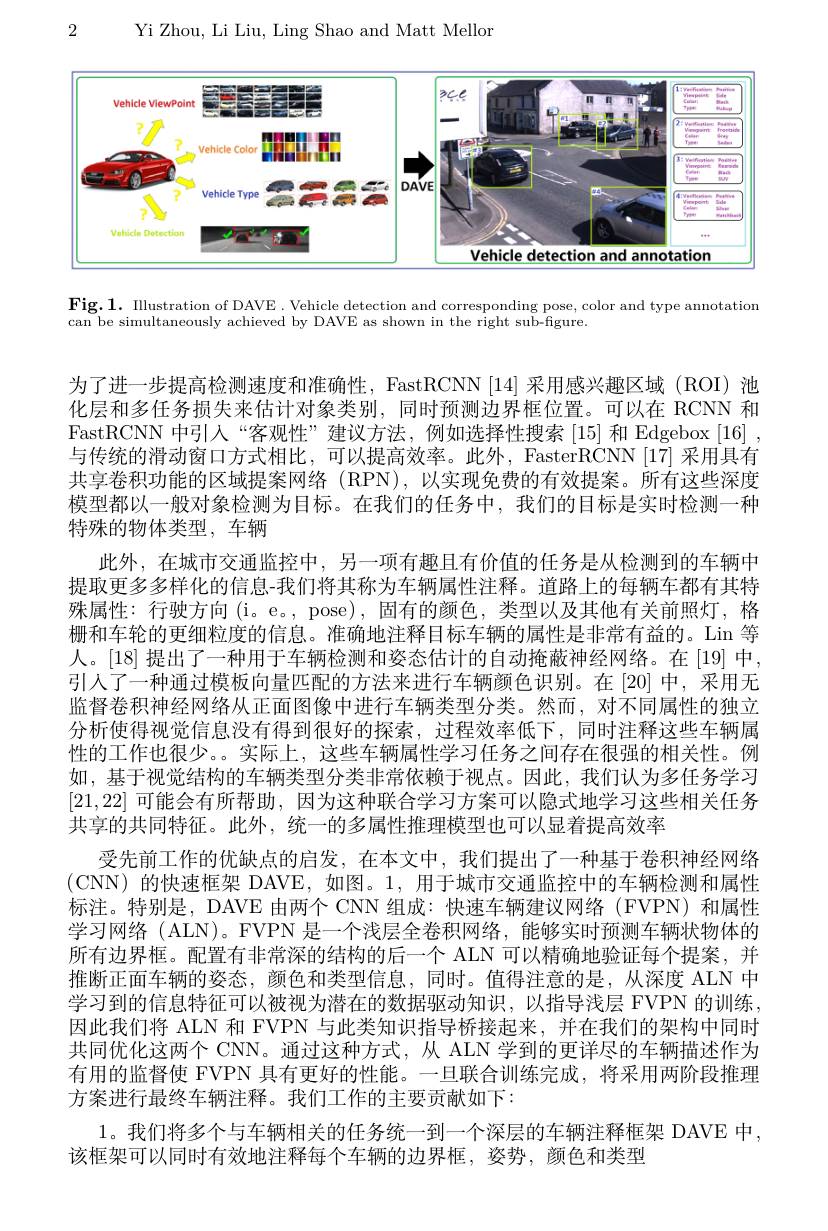
Yi Zhou, Li Liu, Ling Shao and Matt Mellor

2

<FigureHere>

$\mathbf{Fig.1.}$ IIlustration of DAVE. Vehicle detection and corresponding pose, color and type annotation

$\bar{\text{can be simultaneously achieved by DAVE as shown in the right sub-figure}}$

为了进一步提高检测速度和准确性，FastRCNN [14] 采用感兴趣区域 (ROI) 池化层和多任务损失来估计对象类别，同时预测边界框位置。可以在 RCNN 和FastRCNN 中引人“客观性”建议方法，例如选择性搜索[15]和 Edgebox[16] , 与传统的滑动窗口方式相比，可以提高效率。此外，FasterRCNN [17]采用具有共享卷积功能的区域提案网络 (RPN),以实现免费的有效提案。所有这些深度模型都以一般对象检测为目标。在我们的任务中，我们的目标是实时检测一种特殊的物体类型，车辆
此外，在城市交通监控中，另一项有趣且有价值的任务是从检测到的车辆中提取更多多样化的信息-我们将其称为车辆属性注释。道路上的每辆车都有其特殊属性：行驶方向 (i。e。, pose), 固有的颜色，类型以及其他有关前照灯，格栅和车轮的更细粒度的信息。准确地注释目标车辆的属性是非常有益的。Lin 等人。[18] 提出了一种用于车辆检测和姿态估计的自动掩蔽神经网络。在[19] 中， 引人了一种通过模板向量匹配的方法来进行车辆颜色识别。在[20]中，采用无监督卷积神经网络从正面图像中进行车辆类型分类。然而，对不同属性的独立分析使得视觉信息没有得到很好的探索，过程效率低下，同时注释这些车辆属性的工作也很少。。实际上，这些车辆属性学习任务之间存在很强的相关性。例如，基于视觉结构的车辆类型分类非常依赖于视点。因此，我们认为多任务学习[21,22]可能会有所帮助，因为这种联合学习方案可以隐式地学习这些相关任务共享的共同特征。此外，统一的多属性推理模型也可以显着提高效率
受先前工作的优缺点的启发，在本文中，我们提出了一种基于卷积神经网络(CNN)的快速框架 DAVE,如图。1,用于城市交通监控中的车辆检测和属性标注。特别是，DAVE 由两个 CNN 组成：快速车辆建议网络 (FVPN) 和属性学习网络(ALN)。FVPN 是一个浅层全卷积网络，能够实时预测车辆状物体的所有边界框。配置有非常深的结构的后一个 ALN 可以精确地验证每个提案，并推断正面车辆的姿态，颜色和类型信息，同时。值得注意的是，从深度 ALN 中学习到的信息特征可以被视为潜在的数据驱动知识，以指导浅层 FVPN 的训练因此我们将 ALN 和 FVPN 与此类知识指导桥接起来，并在我们的架构中同时共同优化这两个 CNN。通过这种方式，从 ALN 学到的更详尽的车辆描述作为有用的监督使 FVPN 具有更好的性能。一旦联合训练完成，将采用两阶段推理方案进行最终车辆注释。我们工作的主要贡献如下：
1。我们将多个与车辆相关的任务统一到一个深层的车辆注释框架 DAVE 中，
该框架可以同时有效地注释每个车辆的边界框，姿势，颜色和类型